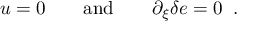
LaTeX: u = 0 \qquad \mathrm { a n d } \qquad \partial _ { \xi } \delta e = 0 \; \; .